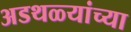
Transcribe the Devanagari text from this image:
अडथळ्यांच्या